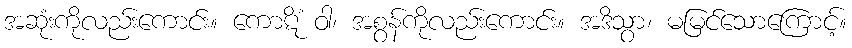
အဆုံးကိုလည်းကောင်း။ ကောဋိံ ဝါ၊ အစွန်ကိုလည်းကောင်း။ အဒိသွာ၊ မမြင်သောကြောင့်။